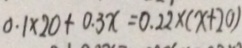
0 . 1 \times 2 0 + 0 . 3 x = 0 . 2 2 \times ( x + 2 0 )